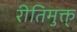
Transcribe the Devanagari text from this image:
रीतिमुक्त्